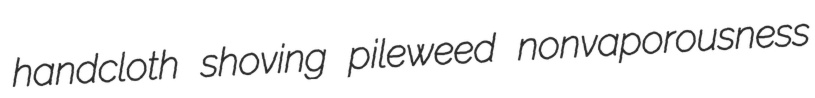
handcloth shoving pileweed nonvaporousness